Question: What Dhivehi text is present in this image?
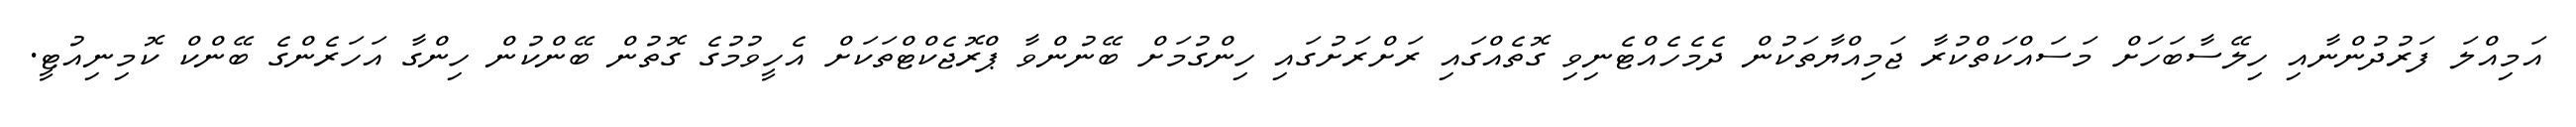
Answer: އަމިއްލަ ފަރުދުންނާއި ހިލޭސާބަހަށް މަސައްކަތްކުރާ ޖަމިއްޔާތަކުން ދެމެހެއްޓެނިވި ގޮތެއްގައި ރަށްރަށުގައި ހިންގުމަށް ބޭނުންވާ ޕްރޮޖެކްޓްތަކަށް އެހީވުމުގެ ގޮތުން ބޭންކުން ހިންގާ އަހަރެންގެ ބޭންކް ކޮމިނިއުޓީ.